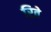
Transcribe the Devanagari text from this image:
रिते